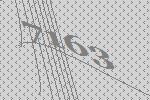
7163